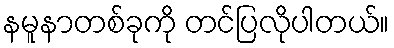
နမူနာတစ်ခုကို တင်ပြလိုပါတယ်။